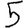
Digit: 5